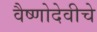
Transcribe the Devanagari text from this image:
वैष्णोदेवीचे